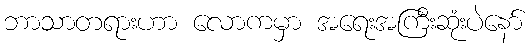
ဘာသာတရားဟာ လောကမှာ အရေးအကြီးဆုံးပဲနော်